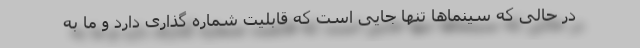
در حالی که سینماها تنها جایی است که قابلیت شماره گذاری دارد و ما به